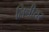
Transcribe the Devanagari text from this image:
लिनीयर